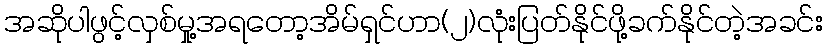
အဆိုပါဖွင့်လှစ်မှု့အရတော့အိမ်ရှင်ဟာ(၂)လုံးပြတ်နိုင်ဖို့ခက်နိုင်တဲ့အခင်း